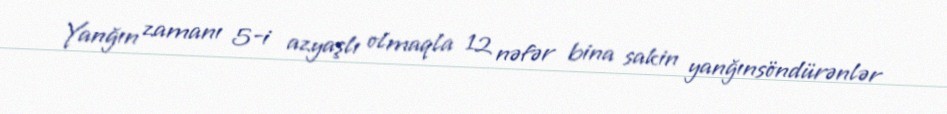
Yanğın zamanı 5-i azyaşlı olmaqla 12 nəfər bina sakin yanğınsöndürənlər